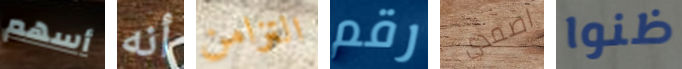
أسهم أنه التزامن رقم اصمدي ظنوا